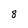
Character: 8